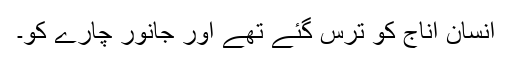
انسان اناج کو ترس گئے تھے اور جانور چارے کو۔